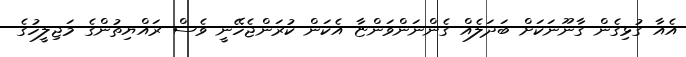
އެއާ ގުޅިގެން ގާނޫނަކަށް ބަދަލެއް ގެންނަންވަންޏާ އެކަން ކުރަންޖެހޭނީ ވެސް ރައްޔިތުންގެ މަޖިލީހުގެ